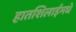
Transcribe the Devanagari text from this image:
हातशिलाईमधे